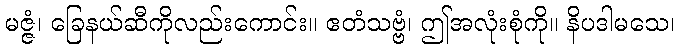
မဇ္ဇံ၊ ခြေနယ်ဆီကိုလည်းကောင်း။ ဧတံသဗ္ဗံ၊ ဤအလုံးစုံကို။ နိပဒါမသေ၊